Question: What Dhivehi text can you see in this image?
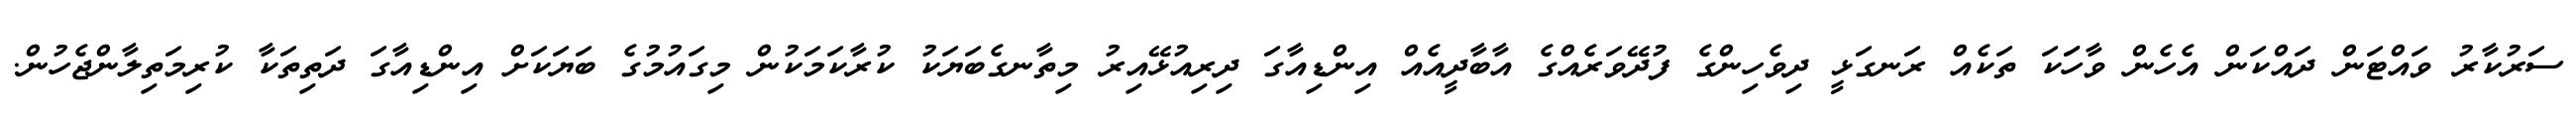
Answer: ސަރުކާރު ވައްޓަން ދައްކަން އެހެން ވާހަަކަ ތަކެއް ރަނގަޅީ ދިވެހިންގެ ފުދޭވަރެއްގެ އާބާދީއެއް އިންޑިއާގަ ދިރިއުޅޭއިރު މިތާނގެބަޔަކު ކުރާކަމަކުން މިގައުމުގެ ބަޔަކަށް އިންޑިއާގަ ދަތިތަކާ ކުރިމަތިލާންޖެހުން.